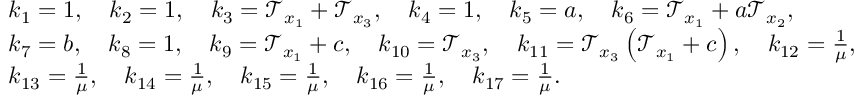
\begin{array} { r l } & { k _ { 1 } = 1 , \quad k _ { 2 } = 1 , \quad k _ { 3 } = \mathcal { T } _ { x _ { 1 } } + \mathcal { T } _ { x _ { 3 } } , \quad k _ { 4 } = 1 , \quad k _ { 5 } = a , \quad k _ { 6 } = \mathcal { T } _ { x _ { 1 } } + a \mathcal { T } _ { x _ { 2 } } , } \\ & { k _ { 7 } = b , \quad k _ { 8 } = 1 , \quad k _ { 9 } = \mathcal { T } _ { x _ { 1 } } + c , \quad k _ { 1 0 } = \mathcal { T } _ { x _ { 3 } } , \quad k _ { 1 1 } = \mathcal { T } _ { x _ { 3 } } \left( \mathcal { T } _ { x _ { 1 } } + c \right) , \quad k _ { 1 2 } = \frac { 1 } { \mu } , } \\ & { k _ { 1 3 } = \frac { 1 } { \mu } , \quad k _ { 1 4 } = \frac { 1 } { \mu } , \quad k _ { 1 5 } = \frac { 1 } { \mu } , \quad k _ { 1 6 } = \frac { 1 } { \mu } , \quad k _ { 1 7 } = \frac { 1 } { \mu } . } \end{array}